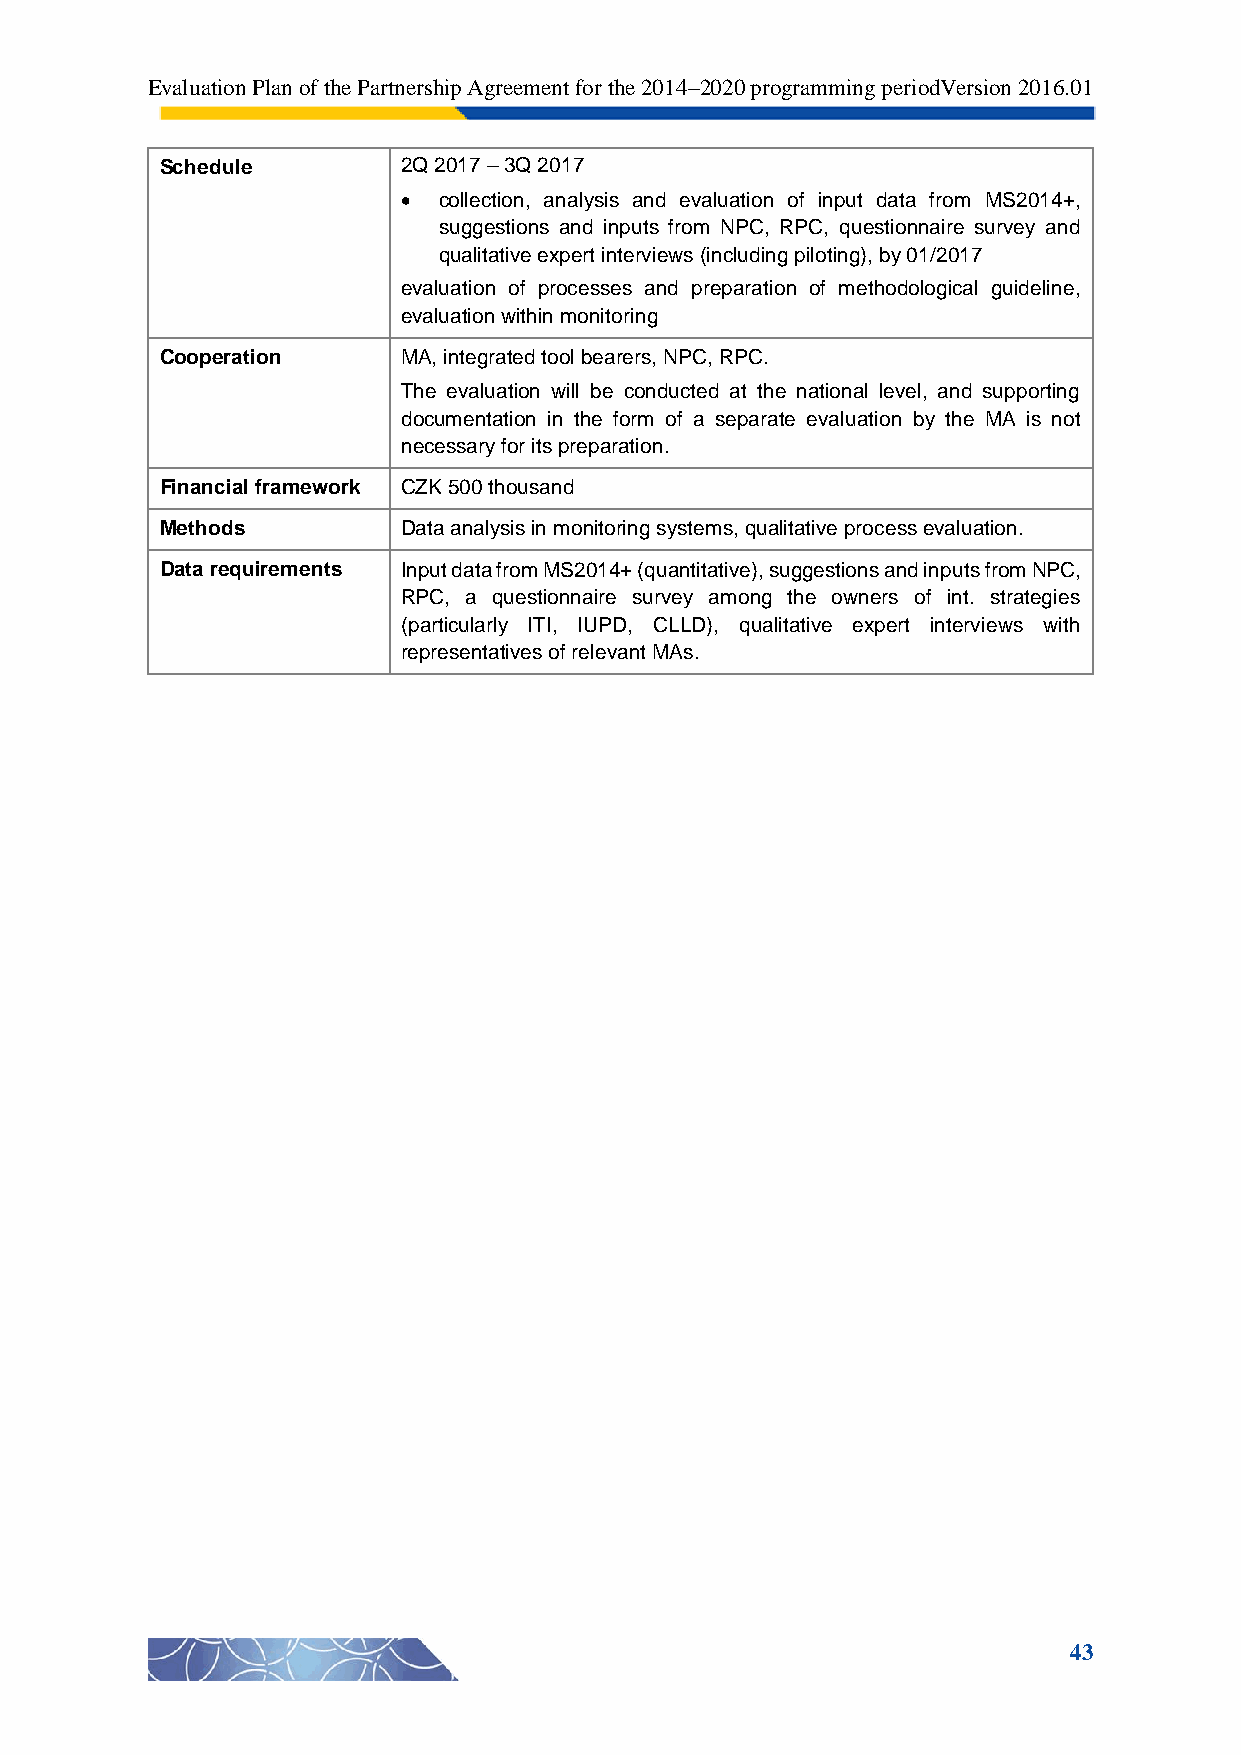
Evaluation Plan of the Partnership Agreement for the 2014–2020 programming periodVersion 2016.01
 Schedule        2Q 2017 – 3Q 2017
  collection, analysis and evaluation of input data from MS2014+,
 suggestions and inputs from NPC, RPC, questionnaire survey and
 qualitative expert interviews (including piloting), by 01/2017
 evaluation of processes and preparation of methodological guideline,
 evaluation within monitoring
 Cooperation     MA, integrated tool bearers, NPC, RPC.
 The evaluation will be conducted at the national level, and supporting
 documentation in the form of a separate evaluation by the MA is not
 necessary for its preparation.
 Financial framework CZK 500 thousand
 Methods         Data analysis in monitoring systems, qualitative process evaluation.
 Data requirements Input data from MS2014+ (quantitative), suggestions and inputs from NPC,
 RPC, a questionnaire survey among the owners of int. strategies
 (particularly ITI, IUPD, CLLD), qualitative expert interviews with
 representatives of relevant MAs.
 43